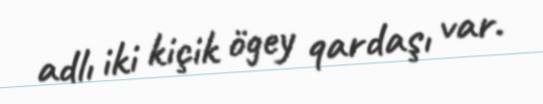
adlı iki kiçik ögey qardaşı var.